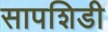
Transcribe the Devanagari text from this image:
सापशिडी